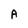
Character: A